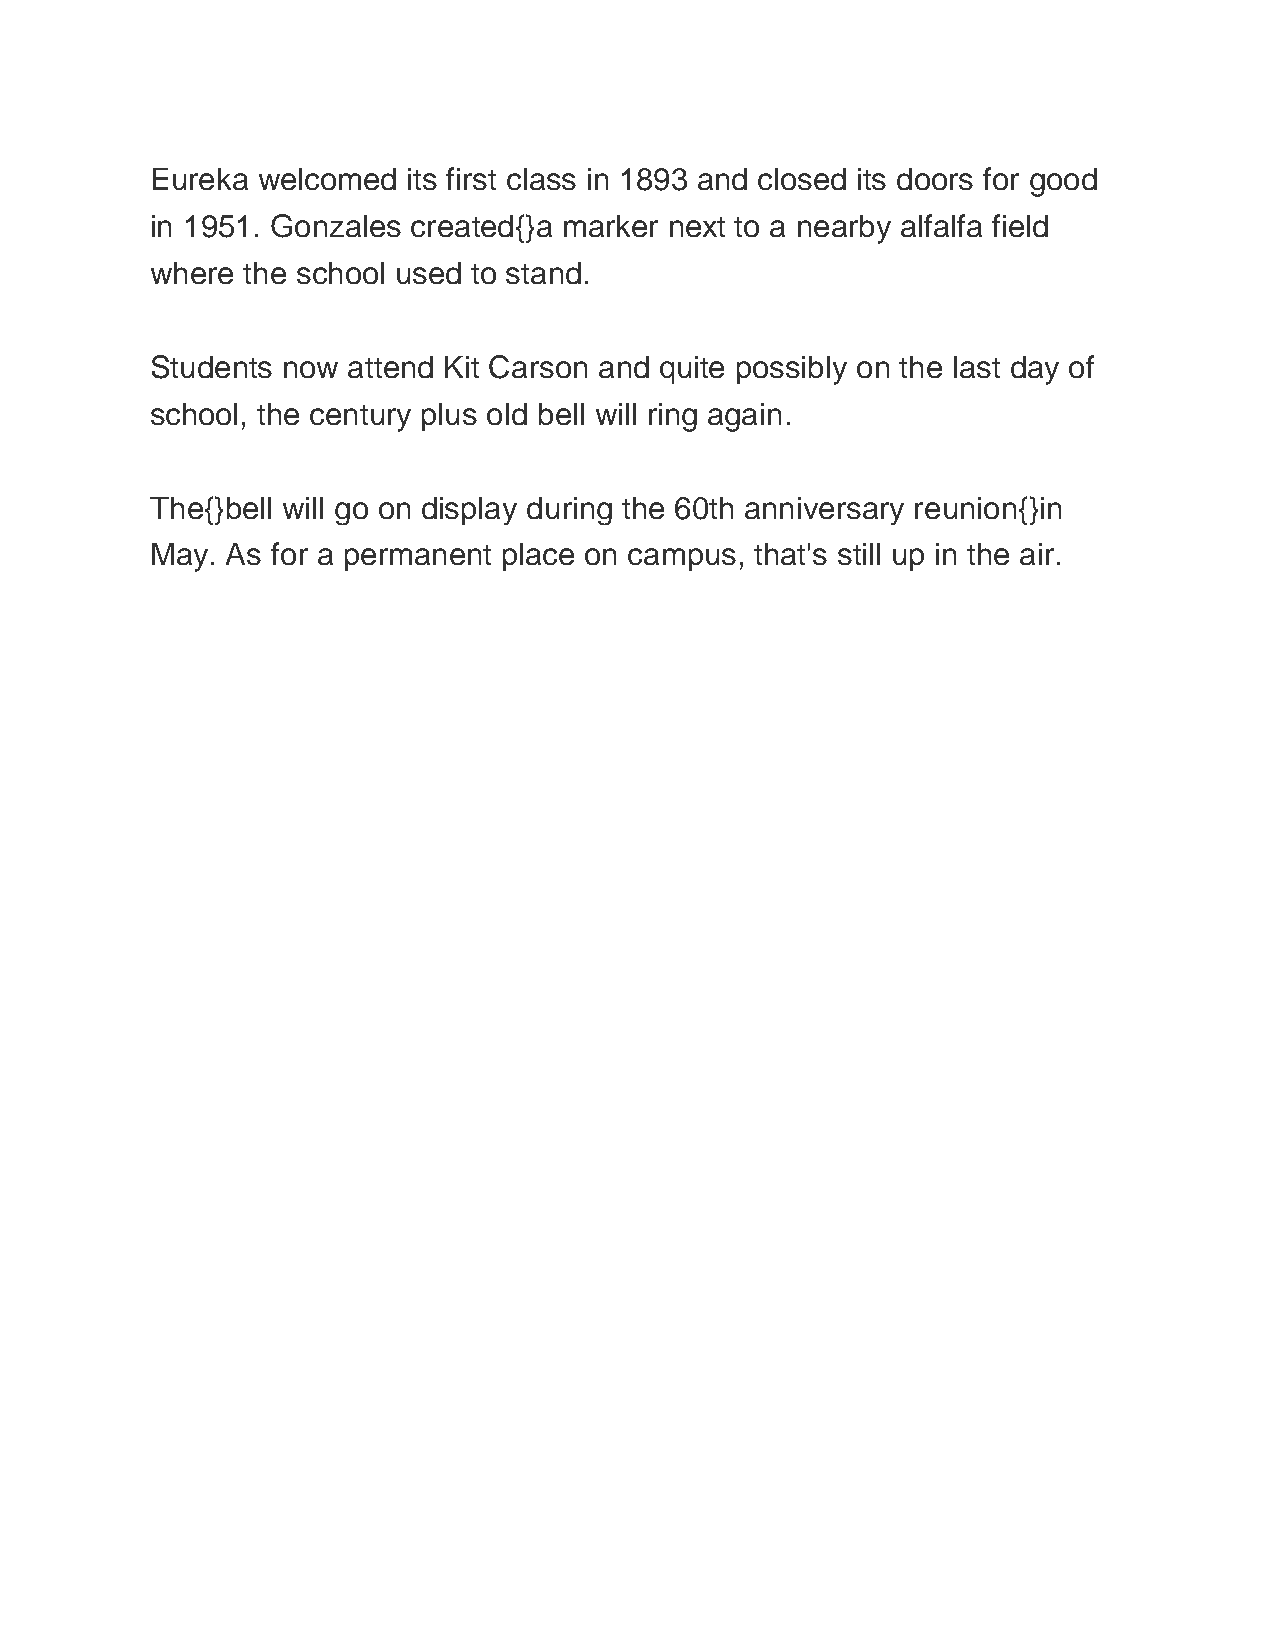
Eureka welcomed  its first class in 1893 and closed its doors for good
 in 1951. Gonzales created{}a marker next to a nearby alfalfa field
 where the school used to stand.
 Students now attend Kit Carson and quite possibly on the last day of
 school, the century plus old bell will ring again.
 The{}bell will go on display during the 60th anniversary reunion{}in
 May. As for a permanent place on campus, that's still up in the air.